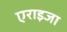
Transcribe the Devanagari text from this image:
एराइजा